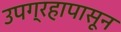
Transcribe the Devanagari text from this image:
उपग्रहापासून